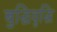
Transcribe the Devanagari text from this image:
बुद्धिवृद्धि